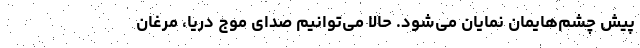
پیش چشم‌هایمان نمایان می‌شود. حالا می‌توانیم صدای موج دریا، مرغان